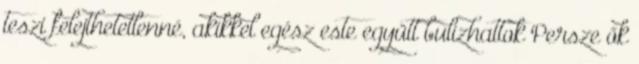
teszi felejthetetlenné, akikkel egész este együtt bulizhattok Persze ők